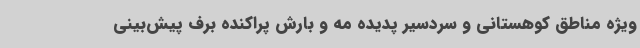
ویژه مناطق کوهستانی و سردسیر پدیده مه و بارش پراکنده برف پیش‌بینی